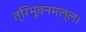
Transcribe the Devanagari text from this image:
त्रिभुवनमल्ल।